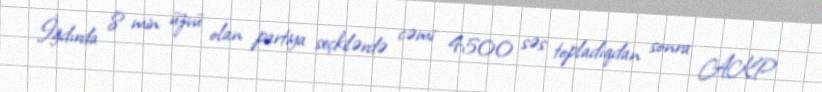
İğdırda 8 min üzvü olan partiya seçkilərdə cəmi 4500 səs topladıqdan sonra AKP